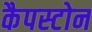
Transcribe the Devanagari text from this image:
कैपस्टोन